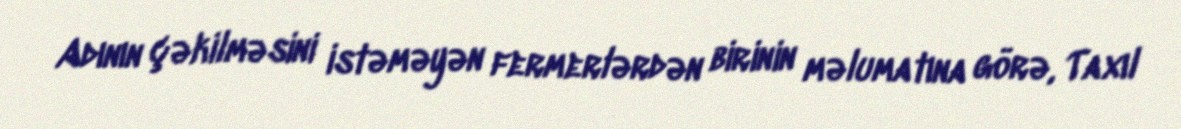
Adının çəkilməsini istəməyən fermerlərdən birinin məlumatına görə, Taxıl